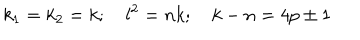
LaTeX: k _ { 1 } = k _ { 2 } = k ; \quad l ^ { 2 } = n k ; \quad k - n = 4 p \pm 1